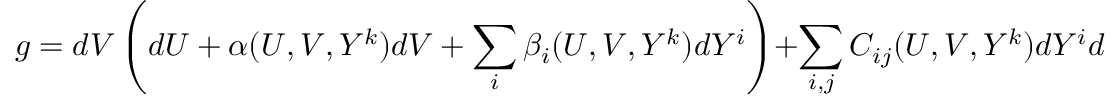
g = d V \left( d U + \alpha ( U , V , Y ^ { k } ) d V + \sum _ { i } \beta _ { i } ( U , V , Y ^ { k } ) d Y ^ { i } \right) + \sum _ { i , j } C _ { i j } ( U , V , Y ^ { k } ) d Y ^ { i } d Y ^ { j } ~ .